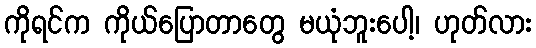
ကိုရင်က ကိုယ်ပြောတာတွေ မယုံဘူးပေါ့၊ ဟုတ်လား